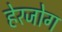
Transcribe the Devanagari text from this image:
हेरजोग